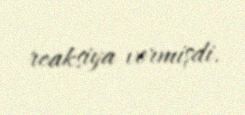
reaksiya vermişdi.